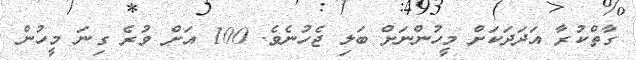
ގާތްކުރާ އަދަދަކަށް މީހުންނަށް ބަލި ޖެހުނެވެ. 100 އަށް ވުރެ ގިނަ މީހުން